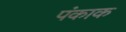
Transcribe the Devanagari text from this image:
पंकाक